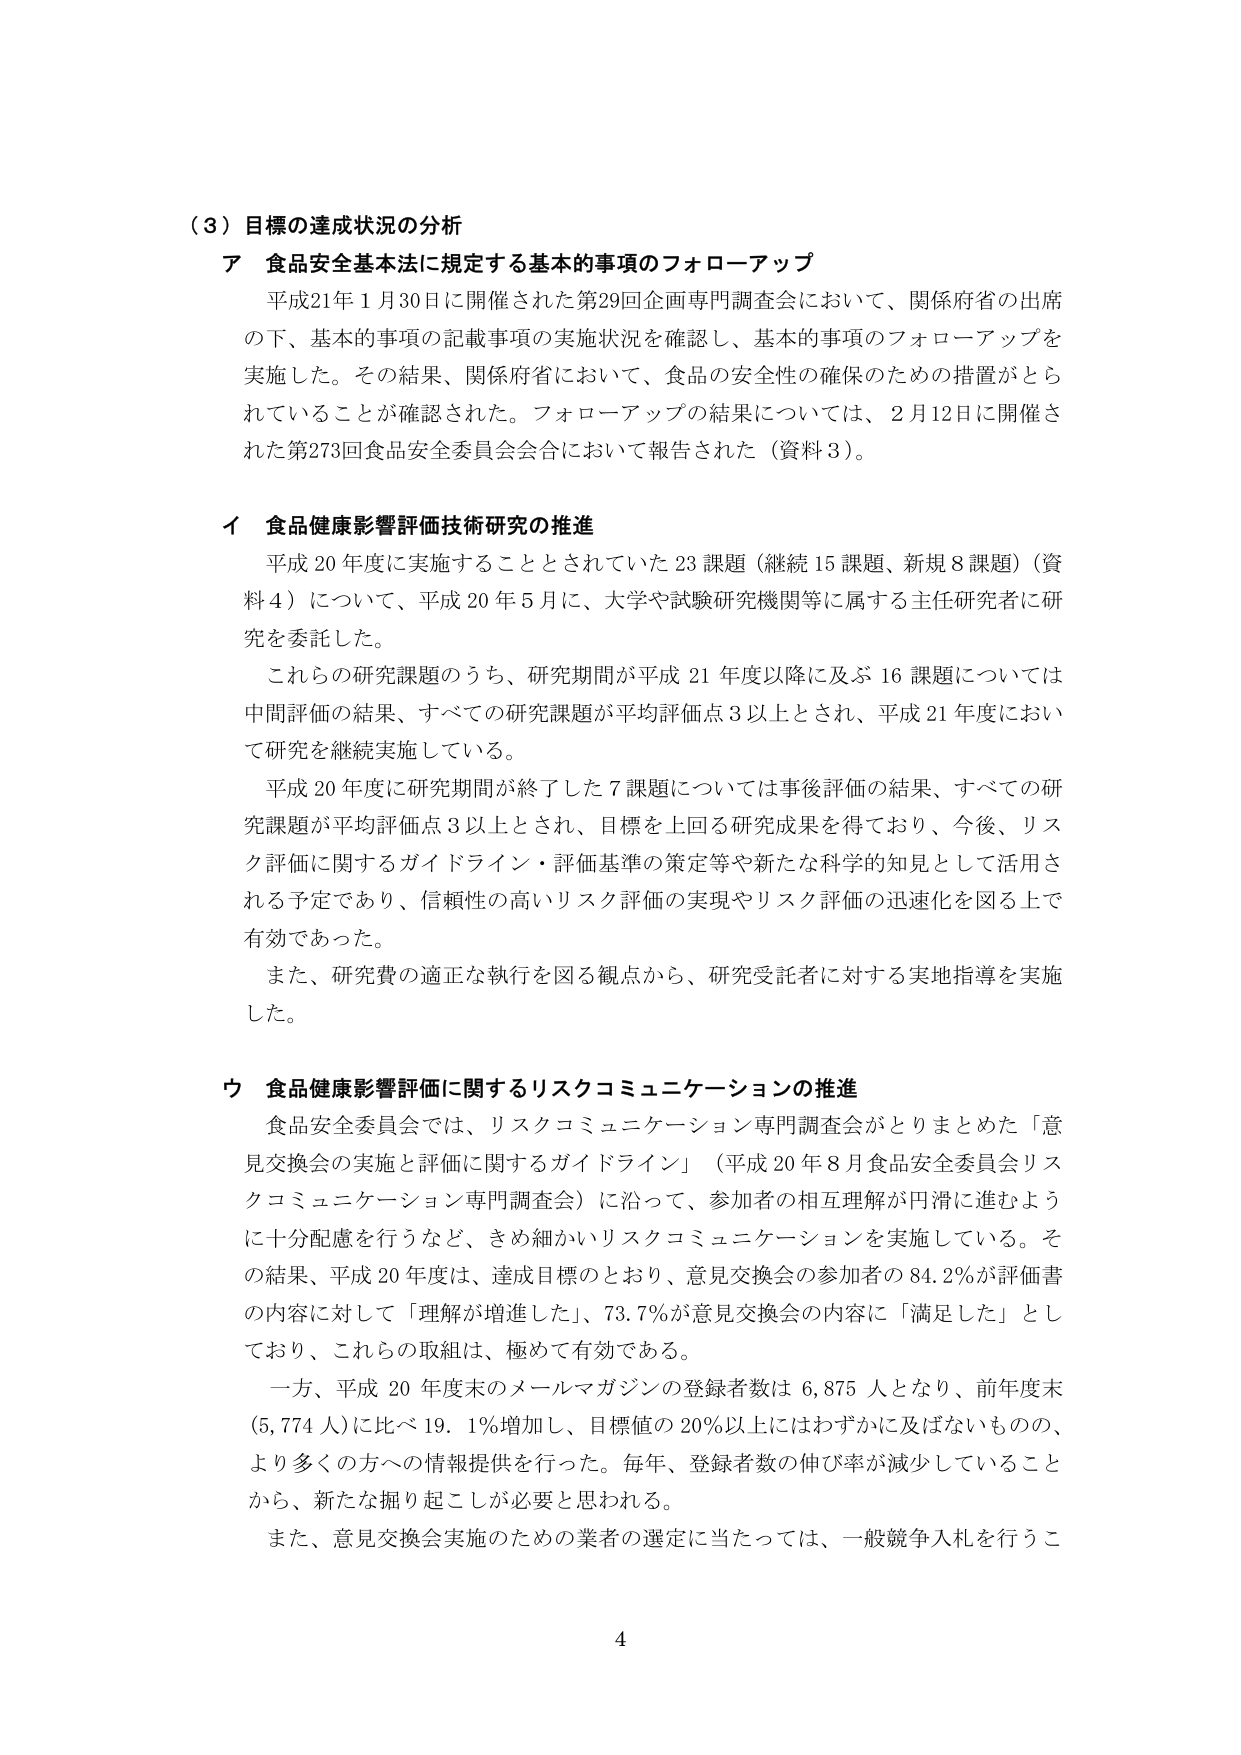
（３）目標の達成状況の分析

ア 食品安全基本法に規定する基本的事項のフォローアップ
平成21年１月30日に開催された第29回企画専門調査会において、関係府省の出席の下、基本的事項の記載事項の実施状況を確認し、基本的事項のフォローアップを実施した。その結果、関係府省において、食品の安全性の確保のための措置がとられていることが確認された。フォローアップの結果については、2月12日に開催された第273回食品安全委員会会合において報告された（資料3）。

イ 食品健康影響評価技術研究の推進
平成20年度に実施することとされていた23課題（継続15課題、新規8課題）（資料4）について、平成20年5月に、大学や試験研究機関等に属する主任研究者に研究を委託した。
これらの研究課題のうち、研究期間が平成21年度以降に及ぶ16課題については中間評価の結果、すべての研究課題が平均評価点3以上とされ、平成21年度において研究を継続実施している。
平成20年度に研究期間が終了した7課題については事後評価の結果、すべての研究課題が平均評価点3以上とされ、目標を上回る研究成果を得ており、今後、リスク評価に関するガイドライン・評価基準の策定等や新たな科学的知見として活用される予定であり、信頼性の高いリスク評価の実現やリスク評価の迅速化を図る上で有効であった。
また、研究費の適正な執行を図る観点から、研究受託者に対する実地指導を実施した。

ウ 食品健康影響評価に関するリスクコミュニケーションの推進
食品安全委員会では、リスクコミュニケーション専門調査会がとりまとめた「意見交換会の実施と評価に関するガイドライン」（平成20年8月食品安全委員会リスクコミュニケーション専門調査会）に沿って、参加者の相互理解が円滑に進むように十分配慮を行うなど、きめ細かいリスクコミュニケーションを実施している。その結果、平成20年度は、達成目標のとおり、意見交換会の参加者の84.2％が評価書の内容に対して「理解が増進した」、73.7％が意見交換会の内容に「満足した」としており、これらの取組は、極めて有効である。
一方、平成20年度末のメールマガジンの登録者数は6,875人となり、前年度末（5,774人）に比べ19.1％増加し、目標値の20％以上にはわずかに及ばないものの、より多くの方への情報提供を行った。毎年、登録者数の伸び率が減少していることから、新たな掘り起こしが必要と思われる。
また、意見交換会実施のための業者の選定に当たっては、一般競争入札を行うこ

4